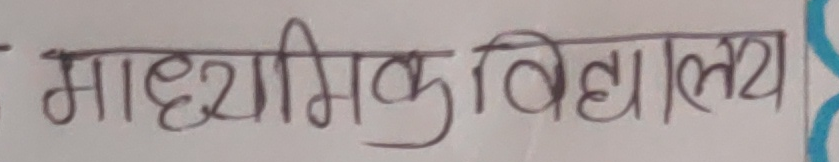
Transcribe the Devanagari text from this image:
माध्यमिक विद्यालय